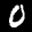
Label: 0